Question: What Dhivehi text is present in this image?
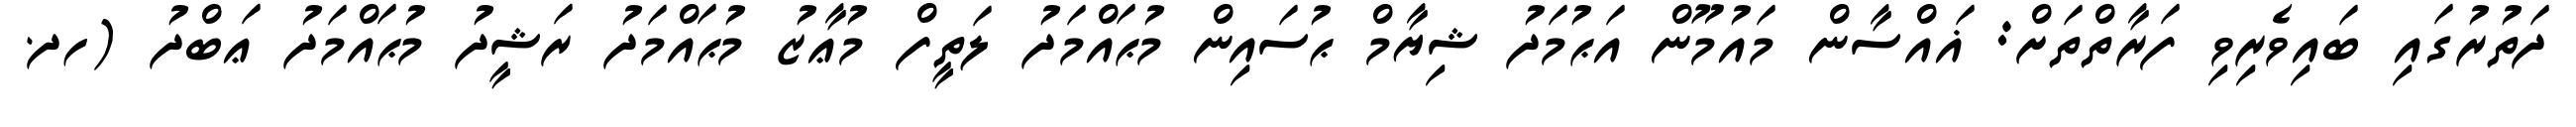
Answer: ދަތުރުގައި ބައިވެރިވި ފަރާތްތަށް: ޣައްސާން މައުމޫން އަޙުމަދު ޝިޔާމް ޙުސައިން މުޙައްމަދު ލަތީފް މުޢާޒު މުޙައްމަދު ރަޝީދު މުޙައްމަދު ޢަބްދު (ހދ.